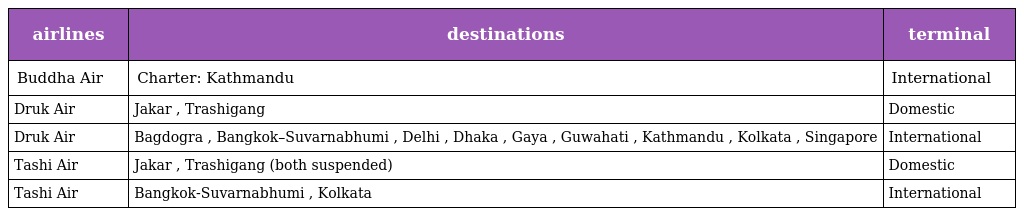
| airlines | destinations | terminal |
 | --- | --- | --- |
 | Buddha Air | Charter: Kathmandu | International |
 | Druk Air | Jakar , Trashigang | Domestic |
 | Druk Air | Bagdogra , Bangkok–Suvarnabhumi , Delhi , Dhaka , Gaya , Guwahati , Kathmandu , Kolkata , Singapore | International |
 | Tashi Air | Jakar , Trashigang (both suspended) | Domestic |
 | Tashi Air | Bangkok-Suvarnabhumi , Kolkata | International |